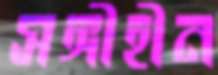
সঙ্গীহীন